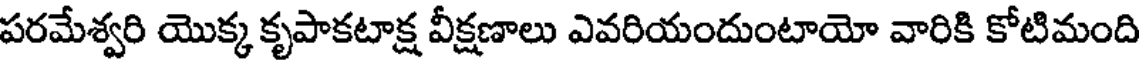
పరమేశ్వరి యొక్క కృపాకటాక్ష వీక్షణాలు ఎవరియందుంటాయో వారికి కోటిమంది